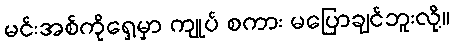
မင်းအစ်ကိုရှေ့မှာ ကျုပ် စကား မပြောချင်ဘူးလို့။